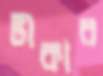
টীকার